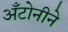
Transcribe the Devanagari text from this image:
अँटोनीने